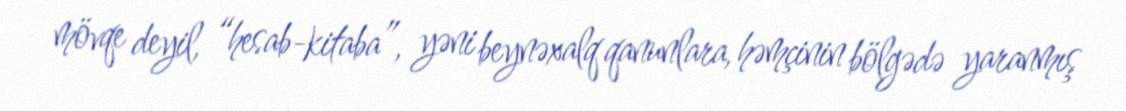
mövqe deyil, “hesab-kitaba”, yəni beynəxalq qanunlara, həmçinin bölgədə yaranmış